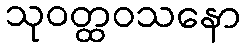
သုဝတ္ထဝသနော